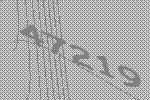
47219